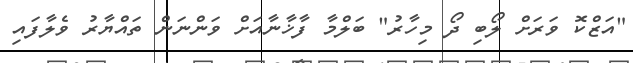
"އަޒްކޮ ވަރަށް ލޯބި ދޯ މިހާރު" ބަލްމާ ފާޚާނާއަށް ވަންނަން ތައްޔާރު ވެލާފައި